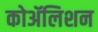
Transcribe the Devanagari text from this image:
कोॲलिशन